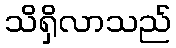
သိရှိလာသည်